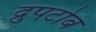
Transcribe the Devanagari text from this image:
द्रुपटोब